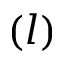
( l )